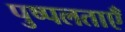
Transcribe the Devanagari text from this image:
पुष्पलताएँ